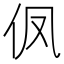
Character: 𮯹